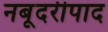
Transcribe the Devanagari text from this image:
नबूदरीपाद